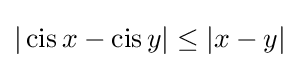
|\operatorname {cis} x-\operatorname {cis} y|\leq |x-y|